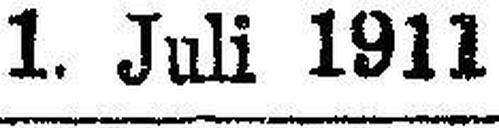
1. Juli 1911